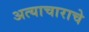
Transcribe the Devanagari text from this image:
अत्‍याचाराचे